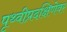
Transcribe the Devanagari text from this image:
पृथ्वीप्रदक्षिणेवर